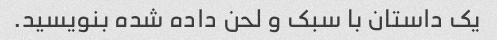
یک داستان با سبک و لحن داده شده بنویسید.